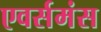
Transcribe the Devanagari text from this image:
एवर्समंस